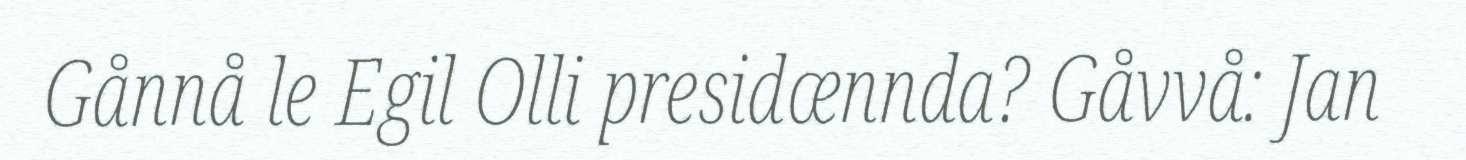
Gånnå le Egil Olli presidænnda? Gåvvå: Jan